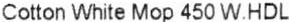
COTTON WHITE MOP 450 W.HDL